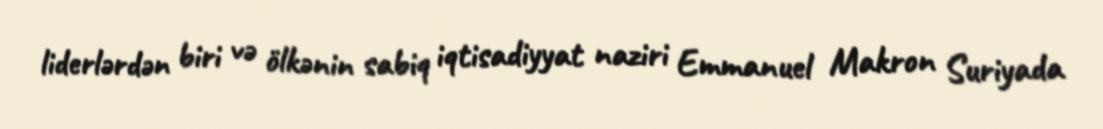
liderlərdən biri və ölkənin sabiq iqtisadiyyat naziri Emmanuel Makron Suriyada